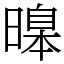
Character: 𣊊